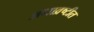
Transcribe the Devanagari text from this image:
अनाव्रष्टीत